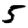
Digit: 5